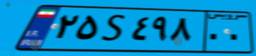
۲۵S۴۹۸۰۰